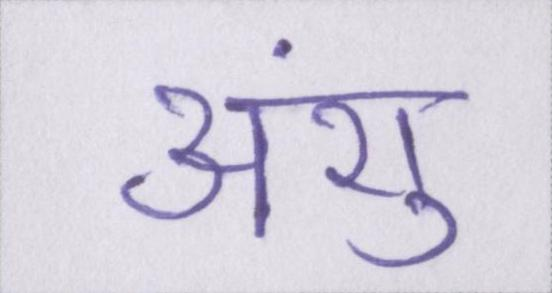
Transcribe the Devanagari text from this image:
अंशु